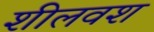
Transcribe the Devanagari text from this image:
शीलवश